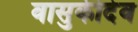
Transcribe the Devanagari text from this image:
वासुकीदेव